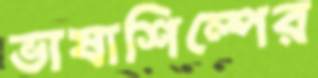
ভাষাশিল্পের